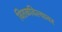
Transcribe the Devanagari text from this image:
वितळविल्यावर